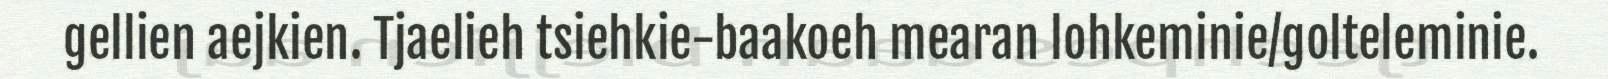
gellien aejkien. Tjaelieh tsiehkie-baakoeh mearan lohkeminie/golteleminie.